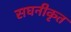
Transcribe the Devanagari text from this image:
सघनीकृत